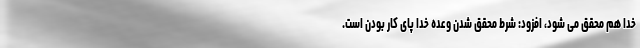
خدا هم محقق می شود، افزود: شرط محقق شدن وعده خدا پای کار بودن است.